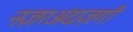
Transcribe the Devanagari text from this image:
नज़रअंदाज़गी